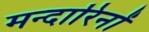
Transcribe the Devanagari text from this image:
मन्दारिनों